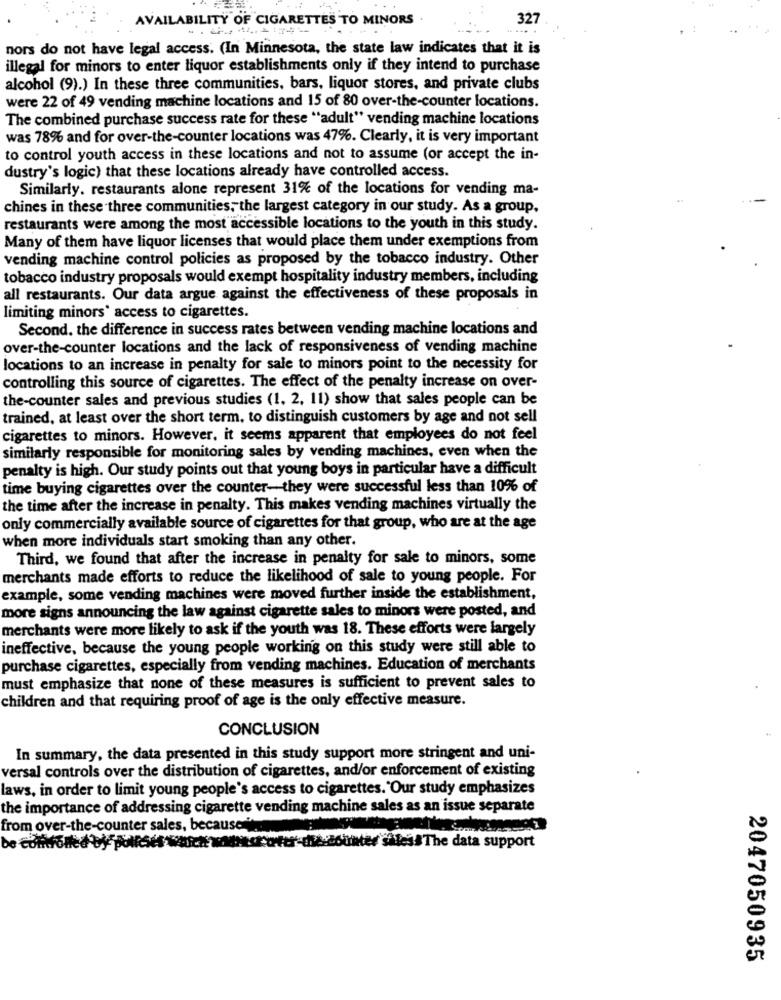
AVAILABILITY OF CIGARETTES TO MINORS
327
nors do not have legal access. (In Minnesota, the state law indicates that it is
illegal for minors to enter liquor establishments only if they intend to purchase
alcohol (9).) In these three communities, bars, liquor stores, and private clubs
were 22 of 49 vending machine locations and 15 of 80 over-the-counter locations.
The combined purchase success rate for these "adult" vending machine locations
was 78% and for over-the-counter locations was 47%. Clearly, it is very important
to control youth access in these locations and not to assume (or accept the in-
dustry's logic) that these locations already have controlled access.
Similarly. restaurants alone represent 31% of the locations for vending ma-
chines in these three communities, the largest category in our study. As a group.
restaurants were among the most accessible locations to the youth in this study.
Many of them have liquor licenses that would place them under exemptions from
vending machine control policies as proposed by the tobacco industry. Other
tobacco industry proposals would exempt hospitality industry members, including
all restaurants. Our data argue against the effectiveness of these proposals in
limiting minors' access to cigarettes.
Second. the difference in success rates between vending machine locations and
over-the-counter locations and the lack of responsiveness of vending machine
locations to an increase in penalty for sale to minors point to the necessity for
controlling this source of cigarettes. The effect of the penalty increase on over-
the-counter sales and previous studies (1. 2. 11) show that sales people can be
trained, at least over the short term, to distinguish customers by age and not sell
cigarettes to minors. However, it seems apparent that employees do not feel
similarly responsible for monitoring sales by vending machines, even when the
penalty is high. Our study points out that young boys in particular have a difficult
time buying cigarettes over the counter-they were successful less than 10% of
the time after the increase in penalty. This makes vending machines virtually the
only commercially available source of cigarettes for that group, who are at the age
when more individuals start smoking than any other.
Third, we found that after the increase in penalty for sale to minors, some
merchants made efforts to reduce the likelihood of sale to young people. For
example, some vending machines were moved further inside the establishment,
more signs announcing the law against cigarette sales to minors were posted, and
merchants were more likely to ask if the youth was 18. These efforts were largely
ineffective, because the young people working on this study were still able to
purchase cigarettes, especially from vending machines. Education of merchants
must emphasize that none of these measures is sufficient to prevent sales to
children and that requiring proof of age is the only effective measure.
CONCLUSION
In summary, the data presented in this study support more stringent and uni-
versal controls over the distribution of cigarettes, and/or enforcement of existing
laws, in order to limit young people's access to cigarettes. "Our study emphasizes
the importance of addressing cigarette vending machine sales as an issue separate
from over-the-counter sales, because
Sinter sales&The data support
2047050935